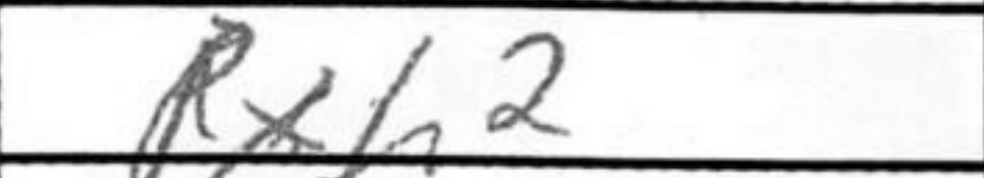
Transcription: Rxh2